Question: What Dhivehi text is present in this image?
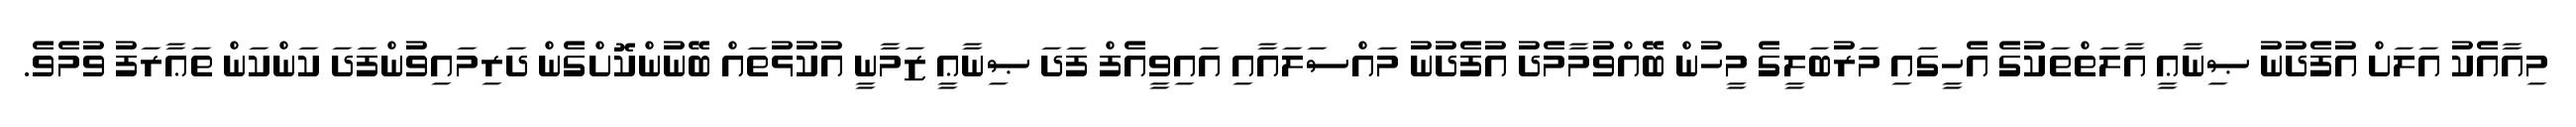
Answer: މިއާއެކު އަލަށް އުފެދުނު ޞިނާޢީ އާލަތްތަކުގެ އެހީގައި މަރުބަލީގެ މީހުން ބޭއްވުމާމެދު އުފެދުނު މައްސަލައާއި އައިވީއެފް ފަދަ ޞިނާޢީ ޒަމާނީ އުކުޅުތައް ބޭނުންކޮށްގެން ދަރިމައިވުންފަދަ ކަންކަން ތަޢާރަފު ވުމެވެ.